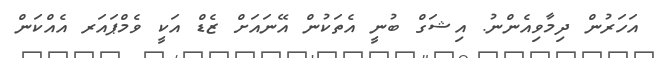
އަހަރުން ދިމާވިއެންނު. އިޝަގް ބުނީ އެތަކުން އޭނައަށް ޒެޑް އަކީ ވެމްޕައަރ އެއްކަން